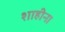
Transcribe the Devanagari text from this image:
शाहीना